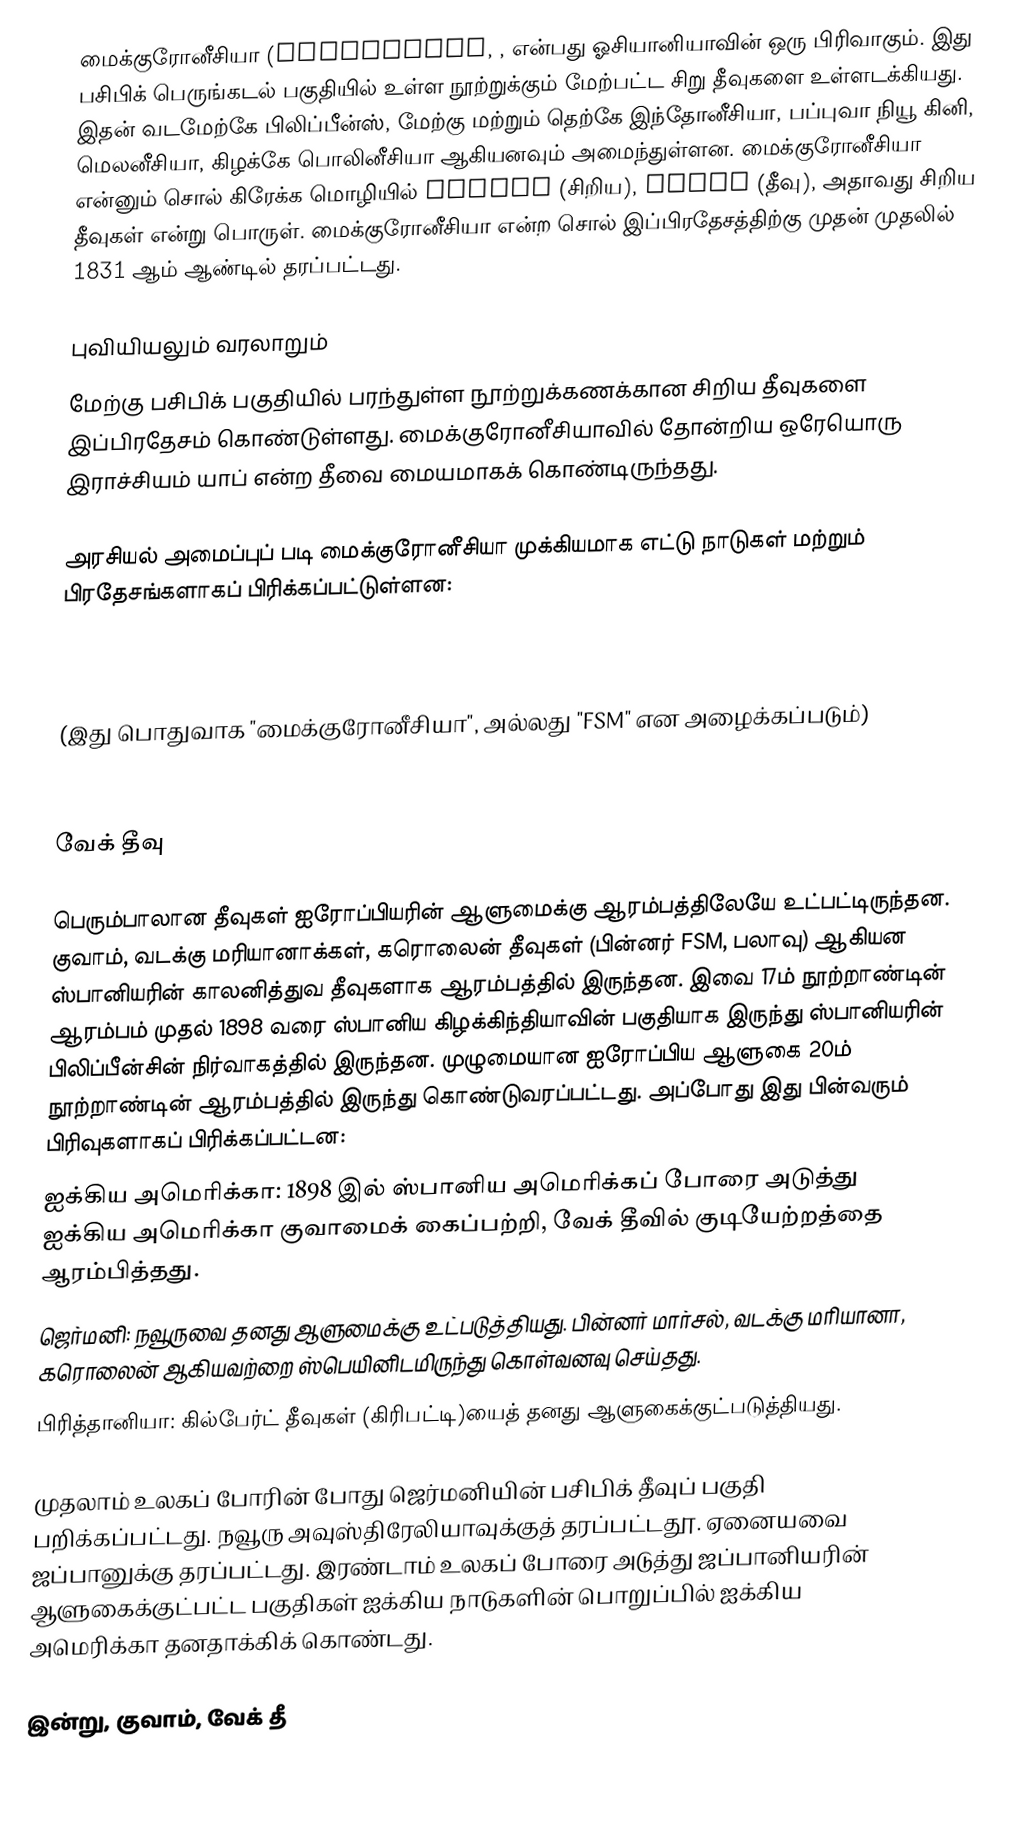
மைக்குரோனீசியா (Micronesia, , என்பது ஓசியானியாவின் ஒரு பிரிவாகும். இது பசிபிக் பெருங்கடல் பகுதியில் உள்ள நூற்றுக்கும் மேற்பட்ட சிறு தீவுகளை உள்ளடக்கியது. இதன் வடமேற்கே பிலிப்பீன்ஸ், மேற்கு மற்றும் தெற்கே இந்தோனீசியா, பப்புவா நியூ கினி, மெலனீசியா, கிழக்கே பொலினீசியா ஆகியனவும் அமைந்துள்ளன. மைக்குரோனீசியா என்னும் சொல் கிரேக்க மொழியில் μικρός (சிறிய), νῆσος (தீவு), அதாவது சிறிய தீவுகள் என்று பொருள். மைக்குரோனீசியா என்ற சொல் இப்பிரதேசத்திற்கு முதன் முதலில் 1831 ஆம் ஆண்டில் தரப்பட்டது.

புவியியலும் வரலாறும்
மேற்கு பசிபிக் பகுதியில் பரந்துள்ள நூற்றுக்கணக்கான சிறிய தீவுகளை இப்பிரதேசம் கொண்டுள்ளது. மைக்குரோனீசியாவில் தோன்றிய ஒரேயொரு இராச்சியம் யாப் என்ற தீவை மையமாகக் கொண்டிருந்தது.

அரசியல் அமைப்புப் படி மைக்குரோனீசியா முக்கியமாக எட்டு நாடுகள் மற்றும் பிரதேசங்களாகப் பிரிக்கப்பட்டுள்ளன:

  (இது பொதுவாக "மைக்குரோனீசியா", அல்லது "FSM" என அழைக்கப்படும்)

  வேக் தீவு

பெரும்பாலான தீவுகள் ஐரோப்பியரின் ஆளுமைக்கு ஆரம்பத்திலேயே உட்பட்டிருந்தன. குவாம், வடக்கு மரியானாக்கள், கரொலைன் தீவுகள் (பின்னர் FSM, பலாவு) ஆகியன ஸ்பானியரின் காலனித்துவ தீவுகளாக ஆரம்பத்தில் இருந்தன. இவை 17ம் நூற்றாண்டின் ஆரம்பம் முதல் 1898 வரை ஸ்பானிய கிழக்கிந்தியாவின் பகுதியாக இருந்து ஸ்பானியரின் பிலிப்பீன்சின் நிர்வாகத்தில் இருந்தன. முழுமையான ஐரோப்பிய ஆளுகை 20ம் நூற்றாண்டின் ஆரம்பத்தில் இருந்து கொண்டுவரப்பட்டது. அப்போது இது பின்வரும் பிரிவுகளாகப் பிரிக்கப்பட்டன:
 ஐக்கிய அமெரிக்கா: 1898 இல் ஸ்பானிய அமெரிக்கப் போரை அடுத்து ஐக்கிய அமெரிக்கா குவாமைக் கைப்பற்றி, வேக் தீவில் குடியேற்றத்தை ஆரம்பித்தது.
 ஜெர்மனி: நவூருவை தனது ஆளுமைக்கு உட்படுத்தியது. பின்னர் மார்சல், வடக்கு மரியானா, கரொலைன் ஆகியவற்றை ஸ்பெயினிடமிருந்து கொள்வனவு செய்தது.
 பிரித்தானியா: கில்பேர்ட் தீவுகள் (கிரிபட்டி)யைத் தனது ஆளுகைக்குட்படுத்தியது.

முதலாம் உலகப் போரின் போது ஜெர்மனியின் பசிபிக் தீவுப் பகுதி பறிக்கப்பட்டது. நவூரு அவுஸ்திரேலியாவுக்குத் தரப்பட்டதூ. ஏனையவை ஜப்பானுக்கு தரப்பட்டது. இரண்டாம் உலகப் போரை அடுத்து ஜப்பானியரின் ஆளுகைக்குட்பட்ட பகுதிகள் ஐக்கிய நாடுகளின் பொறுப்பில் ஐக்கிய அமெரிக்கா தனதாக்கிக் கொண்டது.

இன்று, குவாம், வேக் தீ